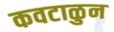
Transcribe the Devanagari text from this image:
कवटाळुन